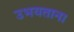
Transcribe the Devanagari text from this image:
उभयताना